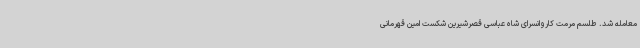
معامله شد. طلسم مرمت کاروانسرای شاه عباسی قصرشیرین شکست امین قهرمانی